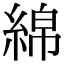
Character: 綿